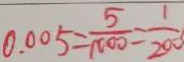
0 . 0 0 5 = \frac { 5 } { 1 0 0 0 } = \frac { 1 } { 2 0 0 }